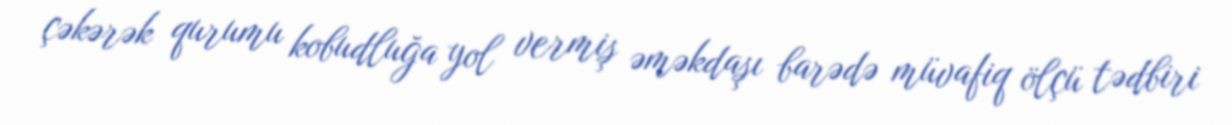
çəkərək qurumu kobudluğa yol vermiş əməkdaşı barədə müvafiq ölçü tədbiri